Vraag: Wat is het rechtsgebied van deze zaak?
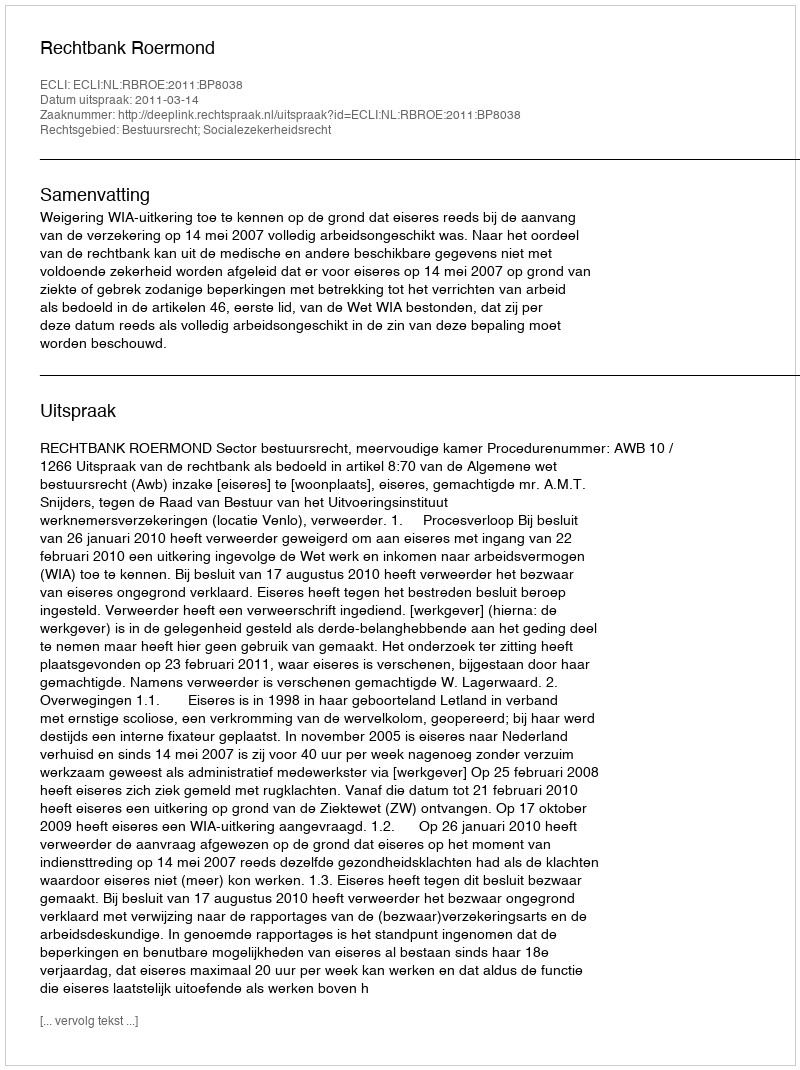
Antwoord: Bestuursrecht; Socialezekerheidsrecht